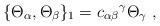
LaTeX: \begin{align*}\{\Theta_\alpha, \Theta_\beta \}_1 ={c_{\alpha\beta}}^\gamma \Theta_\gamma\ ,\end{align*}